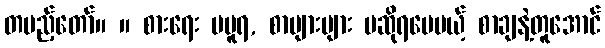
တပည့်တော်။ ။ စားရေး မပူရ, စာများများ မဆိုရပေမယ့် စာချနဲ့တူအောင်